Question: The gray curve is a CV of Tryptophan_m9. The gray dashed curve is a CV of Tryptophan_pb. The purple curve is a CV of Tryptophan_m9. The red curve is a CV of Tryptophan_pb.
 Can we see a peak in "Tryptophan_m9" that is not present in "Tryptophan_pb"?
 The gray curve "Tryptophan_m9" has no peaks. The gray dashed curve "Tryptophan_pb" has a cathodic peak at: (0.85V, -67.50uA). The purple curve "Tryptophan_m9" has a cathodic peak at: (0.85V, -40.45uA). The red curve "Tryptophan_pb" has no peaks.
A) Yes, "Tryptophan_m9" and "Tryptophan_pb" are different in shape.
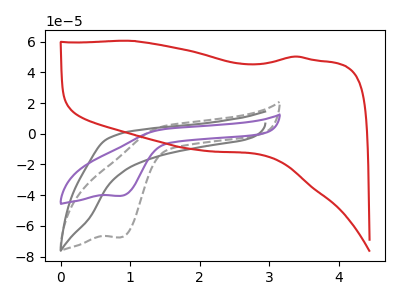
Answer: <think>"Tryptophan_m9" and "Tryptophan_pb" have a different number of peaks.
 </think>
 <answer>A) Yes, "Tryptophan_m9" and "Tryptophan_pb" are different in shape.</answer>
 <eval>A</eval>